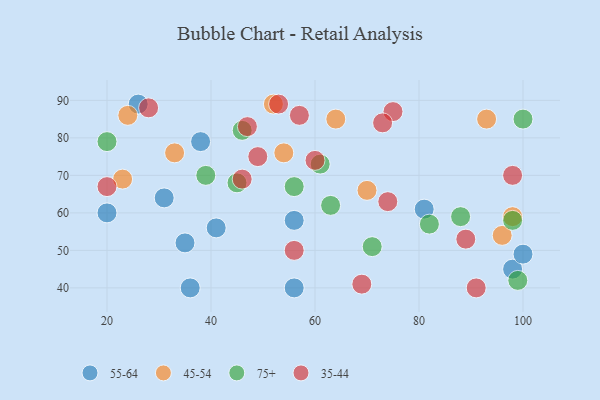
{"axis": {"x": "GDP", "y": "Life Expectancy"}, "legend": ["35-44", "45-54", "55-64", "75+"], "data": [{"x": "31", "y": 64, "type": "55-64"}, {"x": "26", "y": 89, "type": "55-64"}, {"x": "36", "y": 40, "type": "55-64"}, {"x": "20", "y": 60, "type": "55-64"}, {"x": "56", "y": 40, "type": "55-64"}, {"x": "38", "y": 79, "type": "55-64"}, {"x": "81", "y": 61, "type": "55-64"}, {"x": "98", "y": 45, "type": "55-64"}, {"x": "41", "y": 56, "type": "55-64"}, {"x": "35", "y": 52, "type": "55-64"}, {"x": "100", "y": 49, "type": "55-64"}, {"x": "56", "y": 58, "type": "55-64"}, {"x": "64", "y": 85, "type": "45-54"}, {"x": "70", "y": 66, "type": "45-54"}, {"x": "54", "y": 76, "type": "45-54"}, {"x": "93", "y": 85, "type": "45-54"}, {"x": "52", "y": 89, "type": "45-54"}, {"x": "23", "y": 69, "type": "45-54"}, {"x": "33", "y": 76, "type": "45-54"}, {"x": "24", "y": 86, "type": "45-54"}, {"x": "98", "y": 59, "type": "45-54"}, {"x": "96", "y": 54, "type": "45-54"}, {"x": "88", "y": 59, "type": "75+"}, {"x": "20", "y": 79, "type": "75+"}, {"x": "46", "y": 82, "type": "75+"}, {"x": "99", "y": 42, "type": "75+"}, {"x": "45", "y": 68, "type": "75+"}, {"x": "98", "y": 58, "type": "75+"}, {"x": "56", "y": 67, "type": "75+"}, {"x": "82", "y": 57, "type": "75+"}, {"x": "61", "y": 73, "type": "75+"}, {"x": "100", "y": 85, "type": "75+"}, {"x": "71", "y": 51, "type": "75+"}, {"x": "63", "y": 62, "type": "75+"}, {"x": "39", "y": 70, "type": "75+"}, {"x": "60", "y": 74, "type": "35-44"}, {"x": "98", "y": 70, "type": "35-44"}, {"x": "46", "y": 69, "type": "35-44"}, {"x": "89", "y": 53, "type": "35-44"}, {"x": "20", "y": 67, "type": "35-44"}, {"x": "49", "y": 75, "type": "35-44"}, {"x": "47", "y": 83, "type": "35-44"}, {"x": "91", "y": 40, "type": "35-44"}, {"x": "56", "y": 50, "type": "35-44"}, {"x": "28", "y": 88, "type": "35-44"}, {"x": "75", "y": 87, "type": "35-44"}, {"x": "53", "y": 89, "type": "35-44"}, {"x": "69", "y": 41, "type": "35-44"}, {"x": "57", "y": 86, "type": "35-44"}, {"x": "73", "y": 84, "type": "35-44"}, {"x": "74", "y": 63, "type": "35-44"}]}